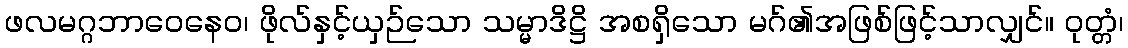
ဖလမဂ္ဂဘာဝေနေဝ၊ ဖိုလ်နှင့်ယှဉ်သော သမ္မာဒိဋ္ဌိ အစရှိသော မဂ်၏အဖြစ်ဖြင့်သာလျှင်။ ဝုတ္တံ၊